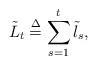
LaTeX: \begin{align*} {{\tilde L}_t} \buildrel \Delta \over = \sum\limits_{s = 1}^t {{{\tilde l}_s}},\end{align*}